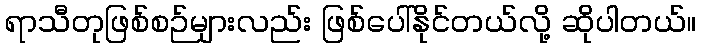
ရာသီတုဖြစ်စဉ်များလည်း ဖြစ်ပေါ်နိုင်တယ်လို့ ဆိုပါတယ်။